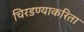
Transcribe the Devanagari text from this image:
चिरडण्याकरिता